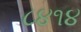
૮૪૧૪